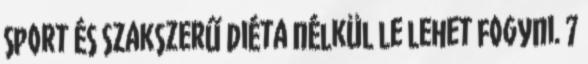
sport és szakszerű diéta nélkül le lehet fogyni. 7